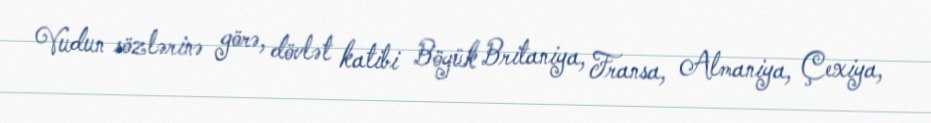
Vudun sözlərinə görə, dövlət katibi Böyük Britaniya, Fransa, Almaniya, Çexiya,